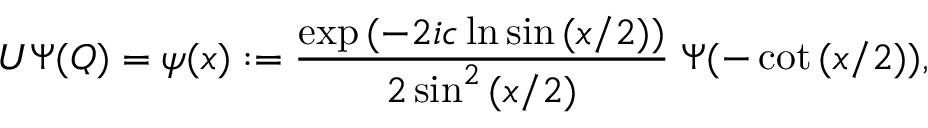
U \Psi ( Q ) = \psi ( x ) : = \frac { \exp { ( - 2 i c \ln \sin { ( x / 2 ) } ) } } { 2 \sin ^ { 2 } { ( x / 2 ) } } \; \Psi ( - \cot { ( x / 2 ) } ) ,